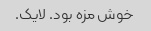
خوش مزه بود. لایک.